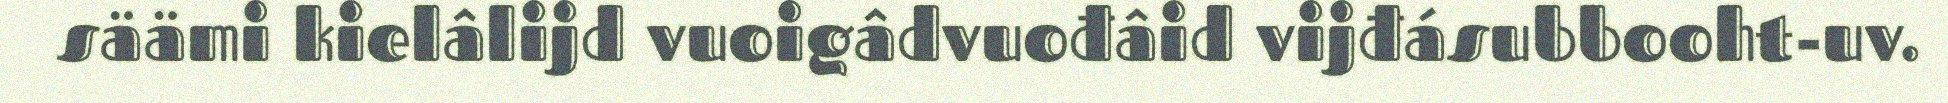
säämi kielâlijd vuoigâdvuođâid vijđásubbooht-uv.